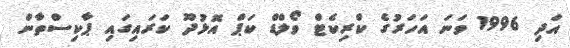
އަދި 1996 ވަނަ އަހަރުގެ ކްރިކެޓް ވޯލްޑް ކަޕް އޮޅުދޫ ކަރައިގައި ޕާކިސްތާން